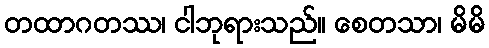
တထာဂတဿ၊ ငါဘုရားသည်။ စေတသာ၊ မိမိ